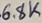
Text: 6.8K